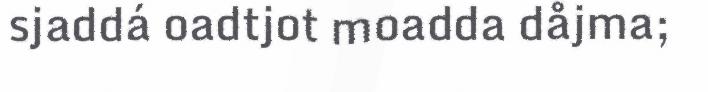
sjaddá oadtjot moadda dåjma;